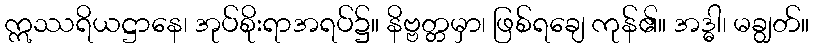
ဣဿရိယဋ္ဌာနေ၊ အုပ်စိုးရာအရပ်၌။ နိဗ္ဗတ္တမှာ၊ ဖြစ်ရချေ ကုန်၏။ အဒ္ဓါ၊ မချွတ်။